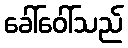
ခေါ်ဝေါ်သည်